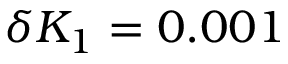
\delta K _ { 1 } = 0 . 0 0 1